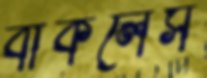
বার্কলেস